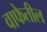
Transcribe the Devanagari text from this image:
वाफेतील